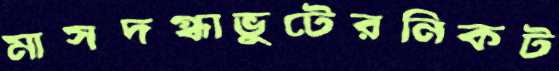
মাসদগ্ধাভুটেরনিকট